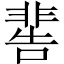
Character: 𩇸